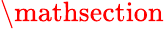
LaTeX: \mathsection